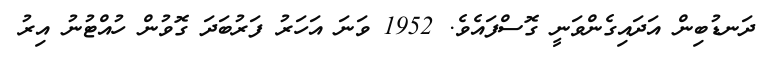
ދަނޑުބިން އަދައިގެންވަނީ ގޮސްފައެވެ. 1952 ވަނަ އަހަރު ފަރުބަދަ ގޮވުން ހުއްޓުނު އިރު